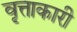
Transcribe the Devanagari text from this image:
वृत्ताकारी